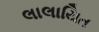
લાલાયિત